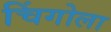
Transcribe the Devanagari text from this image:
चिंगोला